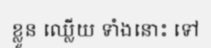
ខ្លួន ឈ្លើយ ទាំងនោះ ទៅ